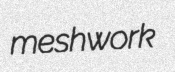
meshwork